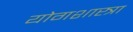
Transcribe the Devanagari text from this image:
योगशास्त्रा